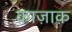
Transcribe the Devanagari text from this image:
क़ाज़ाक़